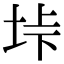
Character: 垰